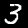
Digit: 3